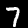
Digit: 7